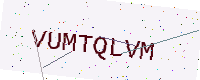
Text: VUMTQLVM